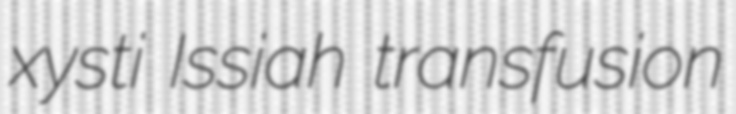
xysti Issiah transfusion